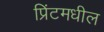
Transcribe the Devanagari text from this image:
प्रिंटमधील